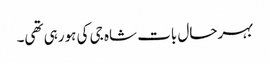
بہرحال بات شاہ جی کی ہورہی تھی۔